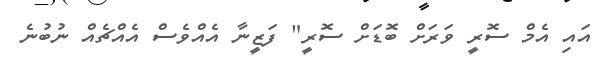
އައި އެމް ސޮރީ ވަރަށް ބޮޑަށް ސޮރީ" ފަޒީނާ އެއްވެސް އެއްޗެއް ނުބުނެ